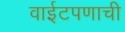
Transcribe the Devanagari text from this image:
वाईटपणाची